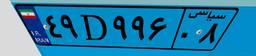
۴۹D۹۹۶۰۸